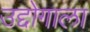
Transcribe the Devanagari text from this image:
उद्दोगाला